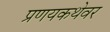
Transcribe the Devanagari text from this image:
प्रणयकथेवर